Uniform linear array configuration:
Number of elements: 12
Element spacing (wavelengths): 0.5
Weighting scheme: hamming
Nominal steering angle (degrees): -45
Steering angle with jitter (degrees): -44.26
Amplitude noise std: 0.05
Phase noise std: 0.05

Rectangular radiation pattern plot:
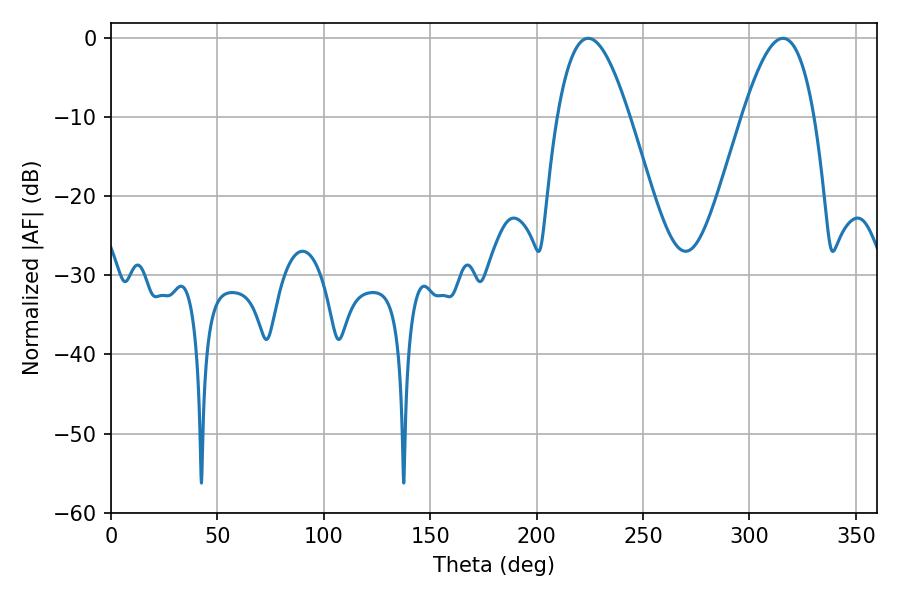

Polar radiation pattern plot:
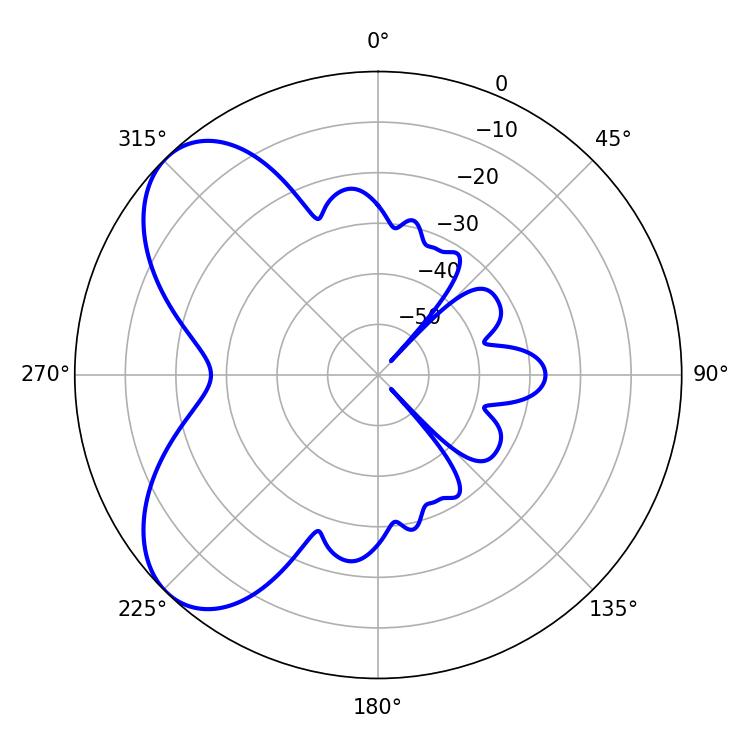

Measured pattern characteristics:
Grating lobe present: FALSE
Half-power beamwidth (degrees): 18.36
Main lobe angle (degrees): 224.28